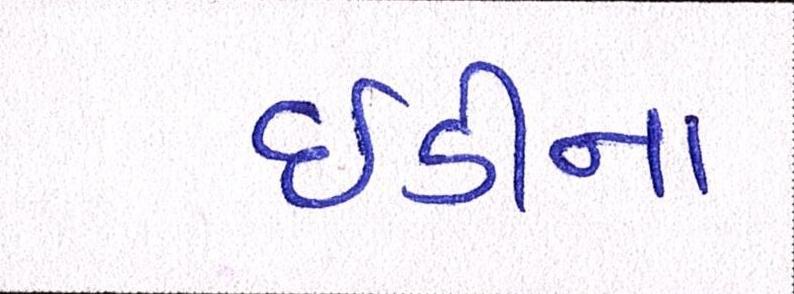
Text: ઇડીના